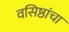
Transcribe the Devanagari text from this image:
वसिष्ठांचा